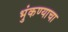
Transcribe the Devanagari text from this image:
भुंकण्याचा